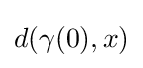
d(\gamma (0),x)